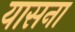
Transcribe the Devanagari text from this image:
यासना